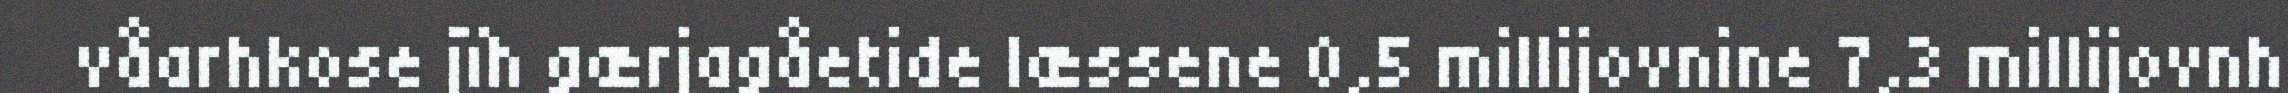
våarhkose jïh gærjagåetide læssene 0,5 millijovnine 7,3 millijovnh